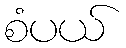
စံပယ်